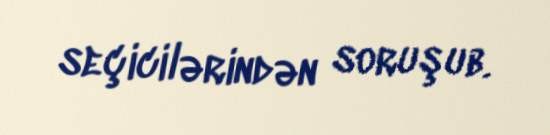
seçicilərindən soruşub.